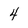
Character: 4